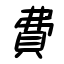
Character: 費